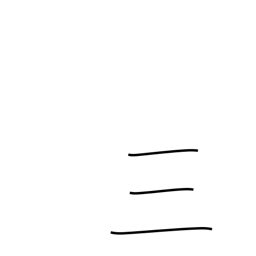
Meaning: three